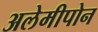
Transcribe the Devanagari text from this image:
अलेमीपोन